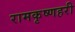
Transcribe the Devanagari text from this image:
रामकृष्णहरी